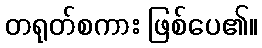
တရုတ်စကား ဖြစ်ပေ၏။